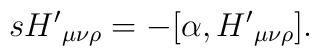
s{H'}_{\mu \nu \rho}= - [ \alpha , {H'}_{\mu \nu \rho}] .